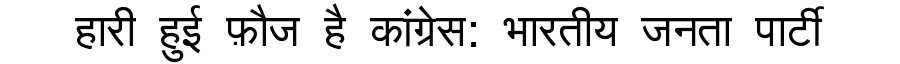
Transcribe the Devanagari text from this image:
हारी हुई फ़ौज है कांग्रेस: भारतीय जनता पार्टी